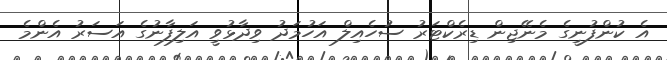
އެ ކުންފުނީގެ މެނޭޖިން ޑިރެކްޓަރު ސުހެއިލް އަހުމަދު ވިދާޅުވީ އަލިފާނުގެ އަސަރު އެންމެ